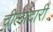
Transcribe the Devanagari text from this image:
चीलादारी